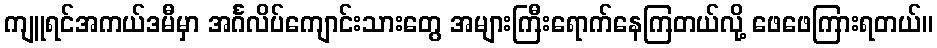
ကျူရင်အကယ်ဒမီမှာ အင်္ဂလိပ်ကျောင်းသားတွေ အများကြီးရောက်နေကြတယ်လို့ ဖေဖေကြားရတယ်။